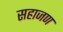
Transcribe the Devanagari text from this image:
सहाजण